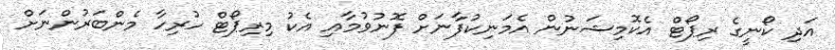
އަދި ކޯނީގެ ރިޕޯޓް އެކޮމިޝަނުން އެމަނިކުފާނަށް ފޮނުވުމާއި އެކު މިރިޕޯޓް ހުރިހާ މެންބަރުންނަށް